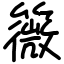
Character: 䉠